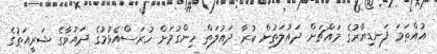
އުއްތަމަ ފަނޑިޔާރުގެ މައްޗަށް ދައުލަތުން ކުރާ ދައުލަތް ހިންގުމަށް ހުރަސްއެޅުމުގެ ދައުވާގެ ޝަރީއަތުގެ